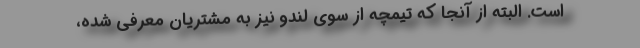
است. البته از آنجا که تیمچه از سوی لندو نیز به مشتریان معرفی شده،